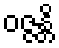
ဝဇ္ဇန္တိ